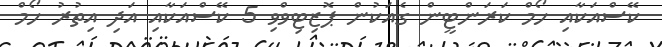
ކޭސްއަކާއި ހޯމް ކަރަންޓީން ގެއަކުން ޕޮޒިޓިވްވި 5 ކޭސްއަކާއި އަދި އިތުރު ހޯމް